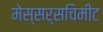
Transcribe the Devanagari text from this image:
मेस्सर्सचिमीट